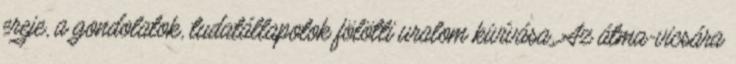
ereje, a gondolatok, tudatállapotok fölötti uralom kivívása. Az átma-vicsára